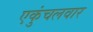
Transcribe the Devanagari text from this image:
एकुंचलवार